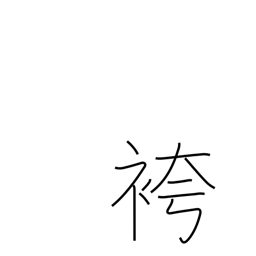
Meaning: men's formal divided skirt